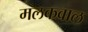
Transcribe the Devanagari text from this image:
मलकवाल